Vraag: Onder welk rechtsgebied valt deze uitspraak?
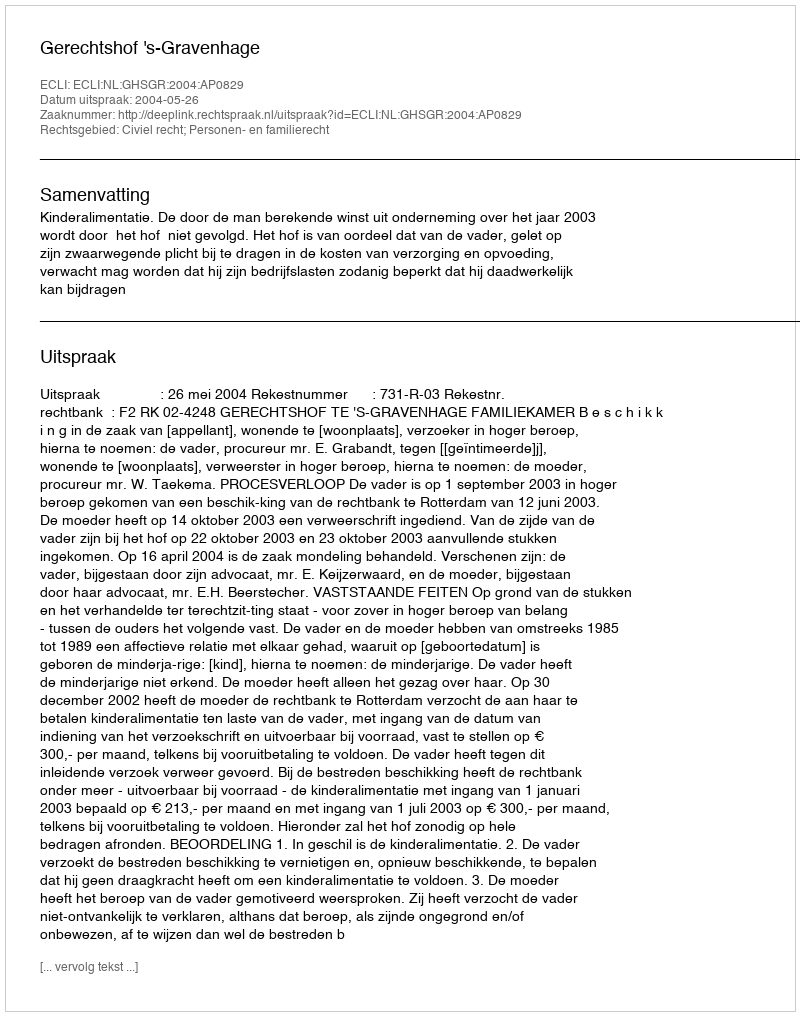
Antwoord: Civiel recht; Personen- en familierecht